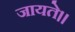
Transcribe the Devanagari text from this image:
जायते।।